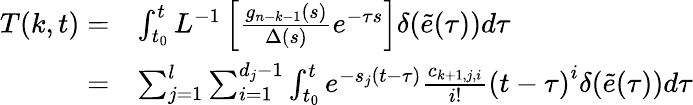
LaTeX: \begin{array}{rl}{T(k,t)=}&{{\int_{{t_{0}}}^{t}{{L^{-1}}\left[{\frac{{{g_{n-k-1}}(s)}}{{\Delta(s)}}}e^{-\tau s}\right]\delta(\tilde{e}(\tau))}d\tau}}\\ {=}&{\sum_{j=1}^{l}{\sum_{i=1}^{{d_{j}}-1}{\int_{{t_{0}}}^{t}{{e^{-{s_{j}}(t-{\tau})}}\frac{{{c_{k+1,j,i}}}}{{i!}}{{(t-\tau)}^{i}}\delta(\tilde{e}(\tau))d\tau}}}}\end{array}